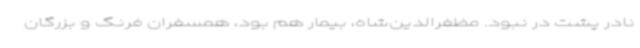
نادر پشت در نبود. مظفرالدین‌شاه، بیمار هم بود، همسفران فرنگ و بزرگان